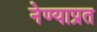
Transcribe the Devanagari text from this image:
नेण्याप्रत